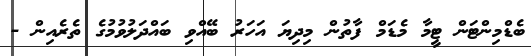
ބެޑްމިންޓަން ޓީމާ މެޑަމް ފާތުން މިދިޔަ އަހަރު ބޭއްވި ބައްދަލުވުމުގެ ތެރެއިން -